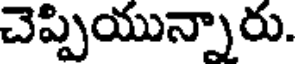
చెప్పియున్నారు.